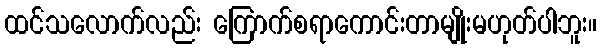
ထင်သလောက်လည်း ကြောက်စရာကောင်းတာမျိုးမဟုတ်ပါဘူး။